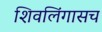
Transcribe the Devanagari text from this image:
शिवलिंगासच